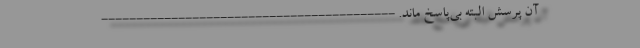
آن پرسش البته بی‌پاسخ ماند. ------------------------------------------